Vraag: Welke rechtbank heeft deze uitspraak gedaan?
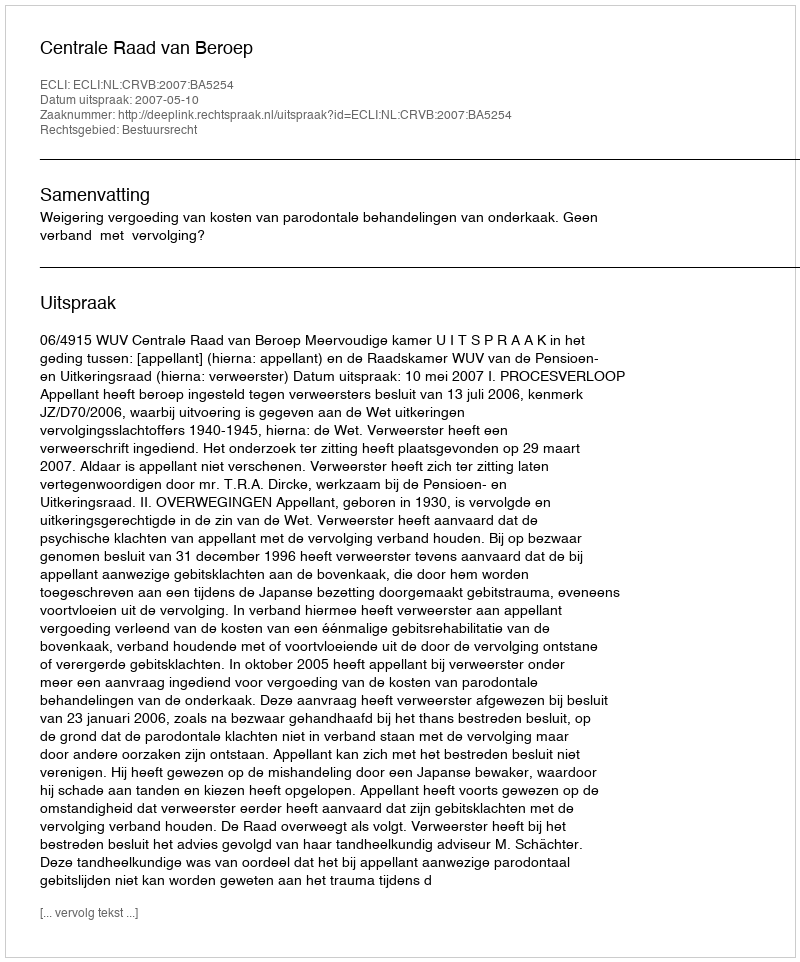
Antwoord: Centrale Raad van Beroep